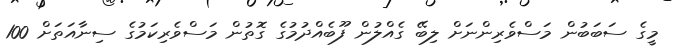
މީގެ ސަބަބުން މަސްވެރިންނަށް ލިބޭ ގެއްލުން ފޫބެއްދުމުގެ ގޮތުން މަސްވެރިކަމުގެ ސިނާއަތަށް 100